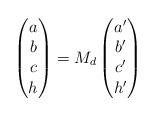
LaTeX: \begin{align*}\begin{pmatrix} a \\ b \\ c \\ h \end{pmatrix}=M_d\begin{pmatrix} a' \\ b' \\ c' \\ h' \end{pmatrix}\end{align*}